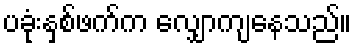
ပခုံးနှစ်ဖက်က လျှောကျနေသည်။